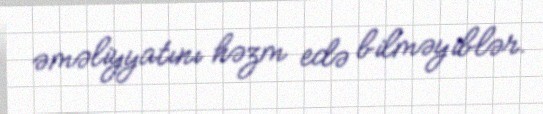
əməliyyatını həzm edə bilməyiblər.